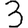
Digit: 3